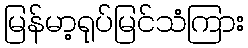
မြန်မာ့ရုပ်မြင်သံကြား